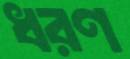
ধরণ